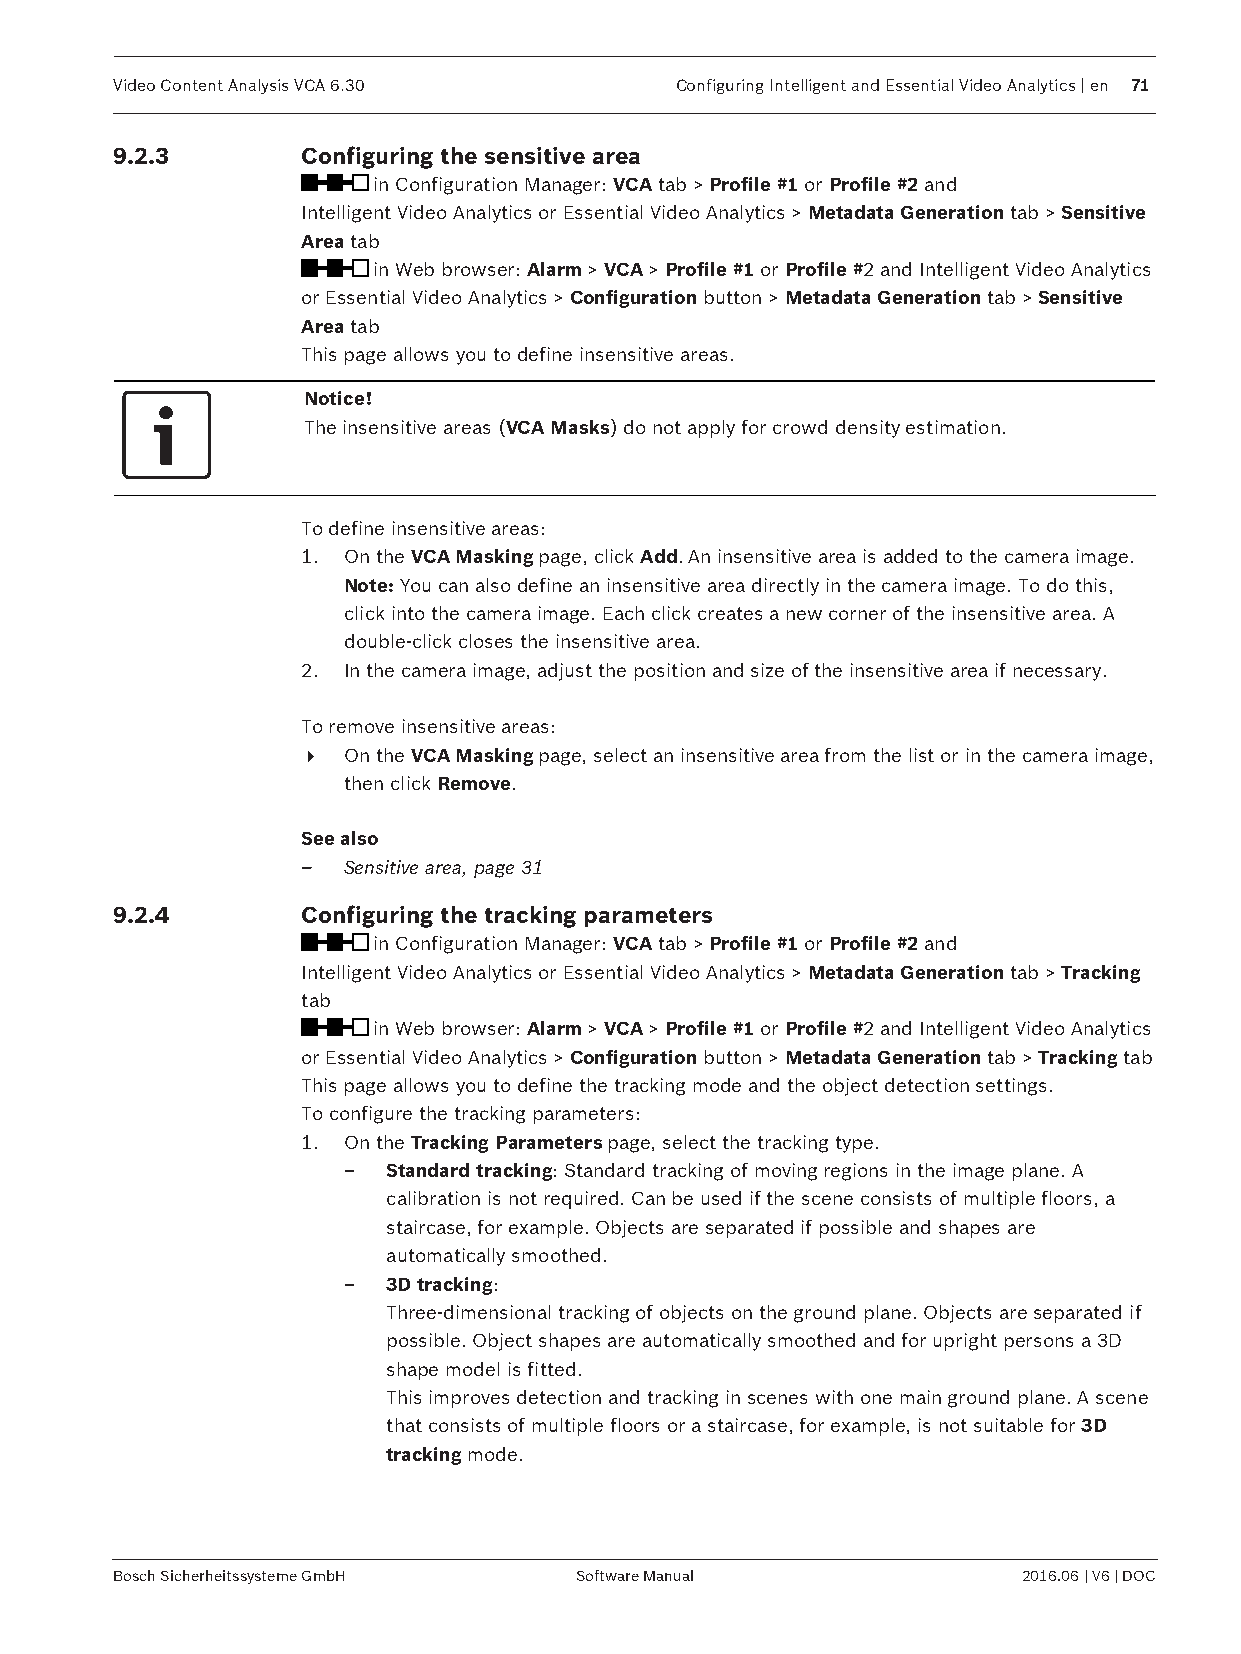
Video Content Analysis VCA 6.30      Configuring Intelligent and Essential Video Analytics | en 71
 9.2.3       Configuring the sensitive area
 in Configuration Manager: VCA tab > Profile #1 or Profile #2 and
 Intelligent Video Analytics or Essential Video Analytics > Metadata Generation tab > Sensitive
 Area tab
 in Web browser: Alarm > VCA > Profile #1 or Profile #2 and Intelligent Video Analytics
 or Essential Video Analytics > Configuration button > Metadata Generation tab > Sensitive
 Area tab
 This page allows you to define insensitive areas.
 Notice!
 The insensitive areas (VCA Masks) do not apply for crowd density estimation.
 To define insensitive areas:
 1. On the VCA Masking page, click Add. An insensitive area is added to the camera image.
 Note: You can also define an insensitive area directly in the camera image. To do this,
 click into the camera image. Each click creates a new corner of the insensitive area. A
 double-click closes the insensitive area.
 2. In the camera image, adjust the position and size of the insensitive area if necessary.
 To remove insensitive areas:
 4  On the VCA Masking page, select an insensitive area from the list or in the camera image,
 then click Remove.
 See also
 –  Sensitive area, page 31
 9.2.4       Configuring the tracking parameters
 in Configuration Manager: VCA tab > Profile #1 or Profile #2 and
 Intelligent Video Analytics or Essential Video Analytics > Metadata Generation tab > Tracking
 tab
 in Web browser: Alarm > VCA > Profile #1 or Profile #2 and Intelligent Video Analytics
 or Essential Video Analytics > Configuration button > Metadata Generation tab > Tracking tab
 This page allows you to define the tracking mode and the object detection settings.
 To configure the tracking parameters:
 1. On the Tracking Parameters page, select the tracking type.
 –  Standard tracking: Standard tracking of moving regions in the image plane. A
 calibration is not required. Can be used if the scene consists of multiple floors, a
 staircase, for example. Objects are separated if possible and shapes are
 automatically smoothed.
 –  3D tracking:
 Three-dimensional tracking of objects on the ground plane. Objects are separated if
 possible. Object shapes are automatically smoothed and for upright persons a 3D
 shape model is fitted.
 This improves detection and tracking in scenes with one main ground plane. A scene
 that consists of multiple floors or a staircase, for example, is not suitable for 3D
 tracking mode.
 Bosch Sicherheitssysteme GmbH Software Manual               2016.06 | V6 | DOC